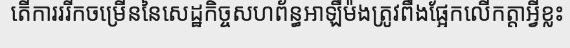
តើការររីកចម្រើននៃសេដ្ឋកិច្ចសហព័ន្ធអាឡឺម៉ងត្រូវពឹងផ្អែកលើកត្តាអ្វីខ្លះ